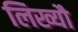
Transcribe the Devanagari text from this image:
लिख्यौ